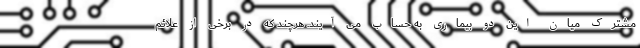
مشترک میان این دو بیماری به حساب می آیند. هرچند که در برخی از علائم